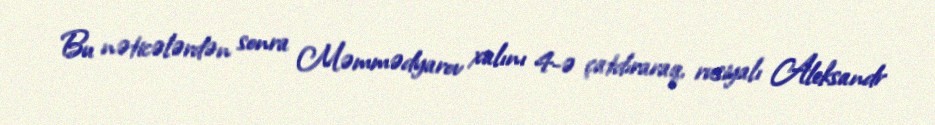
Bu nəticələrdən sonra Məmmədyarov xalını 4-ə çatdıraraq, rusiyalı Aleksandr